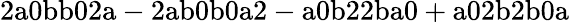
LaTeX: \mathrm{2a0bb02a-2ab0b0a2-a0b22ba0+a02b2b0a}